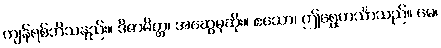
ကျန်ရစ်ဘိသနည်း။ ဒိဇာမိတ္တ၊ အဆွေမုဆိုး။ ဧသော၊ ဤရွှေဟင်္သာသည်။ မေ၊